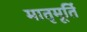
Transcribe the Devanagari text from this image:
मातृमूर्ति